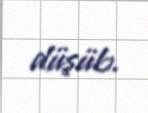
düşüb.